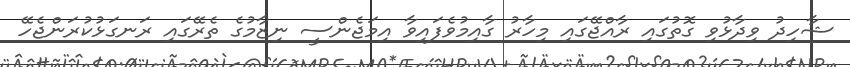
ޝާހިދު ވިދާޅުވި ގޮތުގައި ރާއްޖޭގައި މިހާރު ގާއިމުވެފައިވާ އިމަޖެންސީ ނިޒާމުގެ ތެރޭގައި ރަނގަޅުކުރަންޖެހޭ